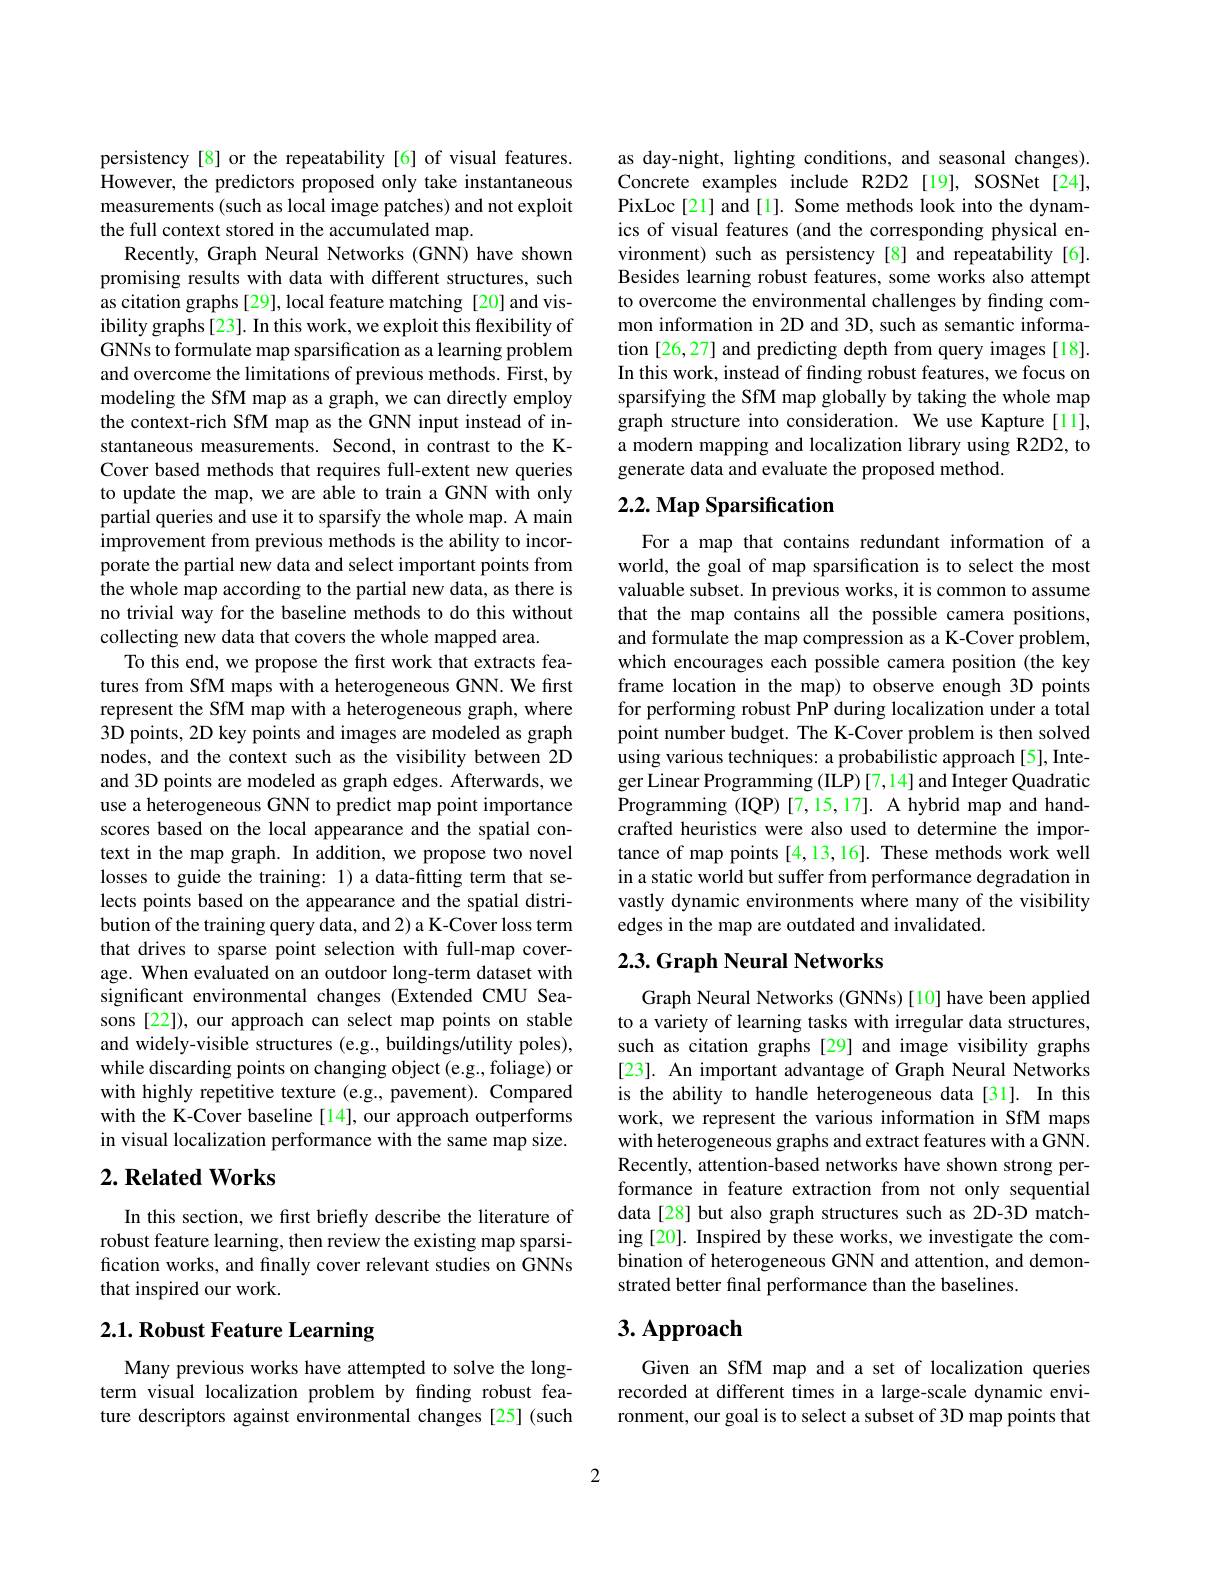
persistency[8] or the repeatability[6] of visual features. However, the predictors proposed only take instantaneous measurements (such as local image patches) and not exploit the full context stored in the accumulated map.
Recently, Graph Neural Networks (GNN) have shown promising results with data with different structures, such as citation graphs [29], local feature matching [20] and visibility graphs[23]. In this work, we exploit this flexibility of GNNs to formulate map sparsification as a learning problem and overcome the limitations of previous methods. First, by modeling the SfM map as a graph, we can directly employ the context-rich SfM map as the GNN input instead of instantaneous measurements. Second, in contrast to the KCover based methods that requires full-extent new queries to update the map, we are able to train a GNN with only partial queries and use it to sparsify the whole map. A main improvement from previous methods is the ability to incorporate the partial new data and select important points from the whole map according to the partial new data, as there is no trivial way for the baseline methods to do this without collecting new data that covers the whole mapped area.
To this end, we propose the first work that extracts features from SfM maps with a heterogeneous GNN. We first represent the SfM map with a heterogeneous graph, where 3D points, 2D key points and images are modeled as graph nodes, and the context such as the visibility between 2D and 3D points are modeled as graph edges. Afterwards, we use a heterogeneous GNN to predict map point importance scores based on the local appearance and the spatial context in the map graph. In addition, we propose two novel losses to guide the training: 1) a data-fitting term that selects points based on the appearance and the spatial distribution of the training query data, and 2) a K-Cover loss term that drives to sparse point selection with full-map coverage. When evaluated on an outdoor long-term dataset with significant environmental changes (Extended CMU Seasons [22]), our approach can select map points on stable and widely-visible structures (e.g., buildings/utility poles), while discarding points on changing object (e.g., foliage) or with highly repetitive texture (e.g., pavement). Compared with the K-Cover baseline [14], our approach outperforms in visual localization performance with the same map size. $2. \textbf{Related Works}$

In this section, we first briefly describe the literature of robust feature learning, then review the existing map sparsification works, and finally cover relevant studies on GNNs that inspired our work.

# 2.1. Robust Feature Learning

Many previous works have attempted to solve the longterm visual localization problem by finding robust feature descriptors against environmental changes [25] (such

as day-night, lighting conditions, and seasonal changes). Concrete examples include R2D2[19], SOSNet[24], PixLoc[21] and[1]. Some methods look into the dynamics of visual features (and the corresponding physical environment) such as persistency[8] and repeatability[6]. Besides learning robust features, some works also attempt to overcome the environmental challenges by finding common information in 2D and 3D, such as semantic information [26,27] and predicting depth from query images [18]. In this work, instead of finding robust features, we focus on sparsifying the SfM map globally by taking the whole map graph structure into consideration. We use Kapture[11], a modern mapping and localization library using R2D2, to generate data and evaluate the proposed method.

## 2.2. Map Sparsification

For a map that contains redundant information of a world, the goal of map sparsification is to select the most valuable subset. In previous works, it is common to assume that the map contains all the possible camera positions, and formulate the map compression as a K-Cover problem, which encourages each possible camera position (the key frame location in the map) to observe enough 3D points for performing robust PnP during localization under a total point number budget. The K-Cover problem is then solved using various techniques: a probabilistic approach[5], Integer Linear Programming (ILP)[7,14] and Integer Quadratic Programming (IQP) [7,15,17]. A hybrid map and handcrafted heuristics were also used to determine the importance of map points [4,13,16]. These methods work well in a static world but suffer from performance degradation in vastly dynamic environments where many of the visibility edges in the map are outdated and invalidated.

## 2.3. Graph Neural Networks

Graph Neural Networks (GNNs) [10] have been applied to a variety of learning tasks with irregular data structures, such as citation graphs[29] and image visibility graphs [23]. An important advantage of Graph Neural Networks is the ability to handle heterogeneous data[31]. In this work, we represent the various information in SfM maps with heterogeneous graphs and extract features with a GNN. Recently, attention-based networks have shown strong performance in feature extraction from not only sequential data [28] but also graph structures such as 2D-3D matching [20]. Inspired by these works, we investigate the combination of heterogeneous GNN and attention, and demonstrated better final performance than the baselines.

# 3. Approach

Given an SfM map and a set of localization queries recorded at different times in a large-scale dynamic environment, our goal is to select a subset of 3D map points that

2